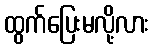
ထွက်ပြေးမလို့လား